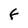
Character: F